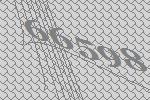
66598